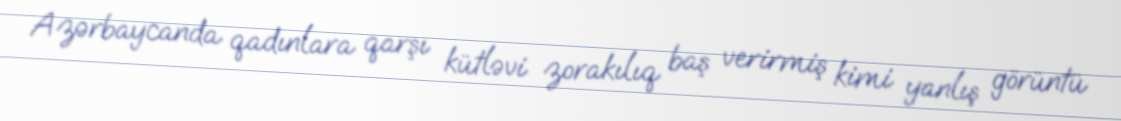
Azərbaycanda qadınlara qarşı kütləvi zorakılıq baş verirmiş kimi yanlış görüntü